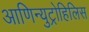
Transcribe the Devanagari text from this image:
आणिन्युट्रोहिलिस